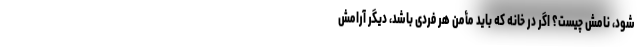
شود، نامش چیست؟ اگر در خانه که باید مأمن هر فردی باشد، دیگر آرامش